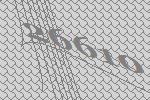
26610